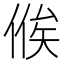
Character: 𬾴